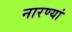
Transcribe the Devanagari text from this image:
नारण्यां